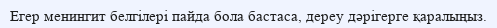
Егер менингит белгілері пайда бола бастаса, дереу дәрігерге қаралыңыз.